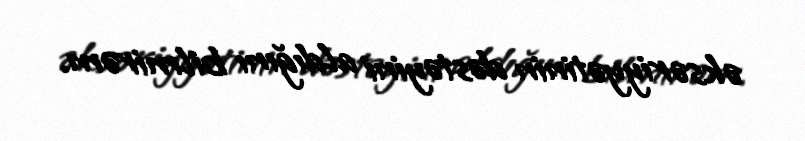
əksəriyyətinin dəstəyini aldığını bilmirəm.